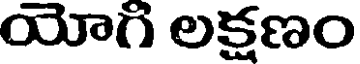
యోగి లక్షణం